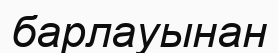
барлауынан